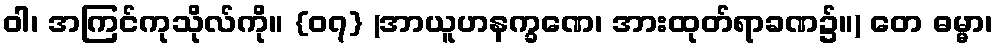
ဝါ၊ အကြင်ကုသိုလ်ကို။ {၀၇} (အာယူဟနက္ခဏေ၊ အားထုတ်ရာခဏ၌။) တေ ဓမ္မာ၊